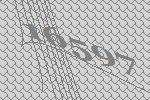
16597